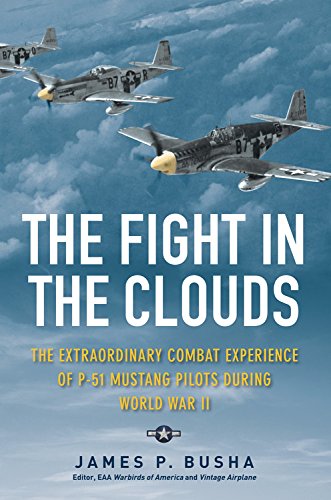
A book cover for The Fight in the Clouds: The Extraordinary Combat Experience of P-51 Mustang Pilots During World War II; James P. Busha; History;